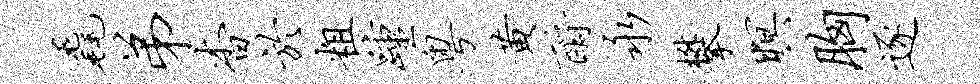
毳弟杳於粗踵粤黄酹永攀暝胸逐